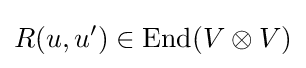
R(u,u')\in {\text{End}}(V\otimes V)